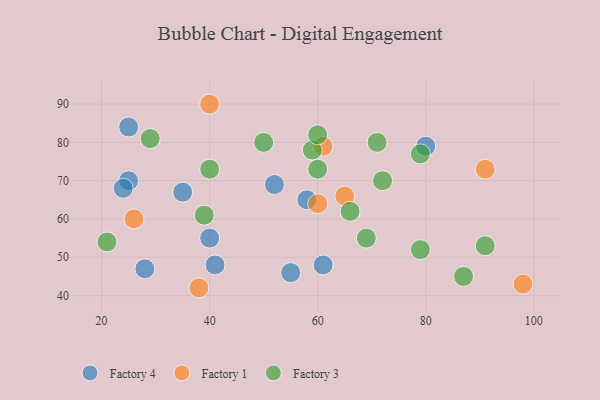
{"axis": {"x": "GDP", "y": "Life Expectancy"}, "legend": ["Factory 1", "Factory 3", "Factory 4"], "data": [{"x": "61", "y": 48, "type": "Factory 4"}, {"x": "28", "y": 47, "type": "Factory 4"}, {"x": "25", "y": 84, "type": "Factory 4"}, {"x": "52", "y": 69, "type": "Factory 4"}, {"x": "35", "y": 67, "type": "Factory 4"}, {"x": "25", "y": 70, "type": "Factory 4"}, {"x": "41", "y": 48, "type": "Factory 4"}, {"x": "80", "y": 79, "type": "Factory 4"}, {"x": "55", "y": 46, "type": "Factory 4"}, {"x": "58", "y": 65, "type": "Factory 4"}, {"x": "24", "y": 68, "type": "Factory 4"}, {"x": "40", "y": 55, "type": "Factory 4"}, {"x": "26", "y": 60, "type": "Factory 1"}, {"x": "91", "y": 73, "type": "Factory 1"}, {"x": "38", "y": 42, "type": "Factory 1"}, {"x": "60", "y": 64, "type": "Factory 1"}, {"x": "65", "y": 66, "type": "Factory 1"}, {"x": "61", "y": 79, "type": "Factory 1"}, {"x": "40", "y": 90, "type": "Factory 1"}, {"x": "98", "y": 43, "type": "Factory 1"}, {"x": "66", "y": 62, "type": "Factory 3"}, {"x": "79", "y": 52, "type": "Factory 3"}, {"x": "39", "y": 61, "type": "Factory 3"}, {"x": "59", "y": 78, "type": "Factory 3"}, {"x": "21", "y": 54, "type": "Factory 3"}, {"x": "40", "y": 73, "type": "Factory 3"}, {"x": "50", "y": 80, "type": "Factory 3"}, {"x": "71", "y": 80, "type": "Factory 3"}, {"x": "91", "y": 53, "type": "Factory 3"}, {"x": "60", "y": 73, "type": "Factory 3"}, {"x": "69", "y": 55, "type": "Factory 3"}, {"x": "60", "y": 82, "type": "Factory 3"}, {"x": "87", "y": 45, "type": "Factory 3"}, {"x": "72", "y": 70, "type": "Factory 3"}, {"x": "29", "y": 81, "type": "Factory 3"}, {"x": "79", "y": 77, "type": "Factory 3"}]}